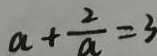
a + \frac { 2 } { a } = 3